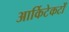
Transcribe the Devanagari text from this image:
आर्किटेकटों